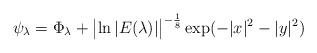
\begin{align*} \psi_\lambda = \Phi_\lambda + \bigl|\ln |E(\lambda)|\bigr|^{-\frac 18} \exp(-|x|^2 -|y|^2)\end{align*}